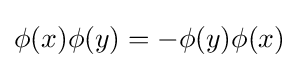
\phi (x)\phi (y)=-\phi (y)\phi (x)